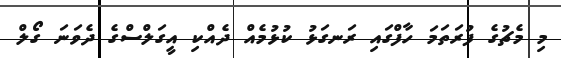
މި މެޗުގެ ފުރަތަމަ ހާފްގައި ރަނގަޅު ކުޅުމެއް ދެއްކި އީގަލްސްގެ ދެވަނަ ގޯލް